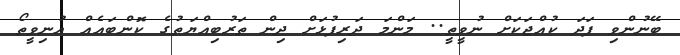
ބޭނުންވި ފަދަ ކުއްޖަކަށް ނުވީތީ.. މަންމަ ދަރިފުޅަށް ދިން ތަރުބިއްޔަތުގެ ކޮންބައެއް އުނިވީތޯ